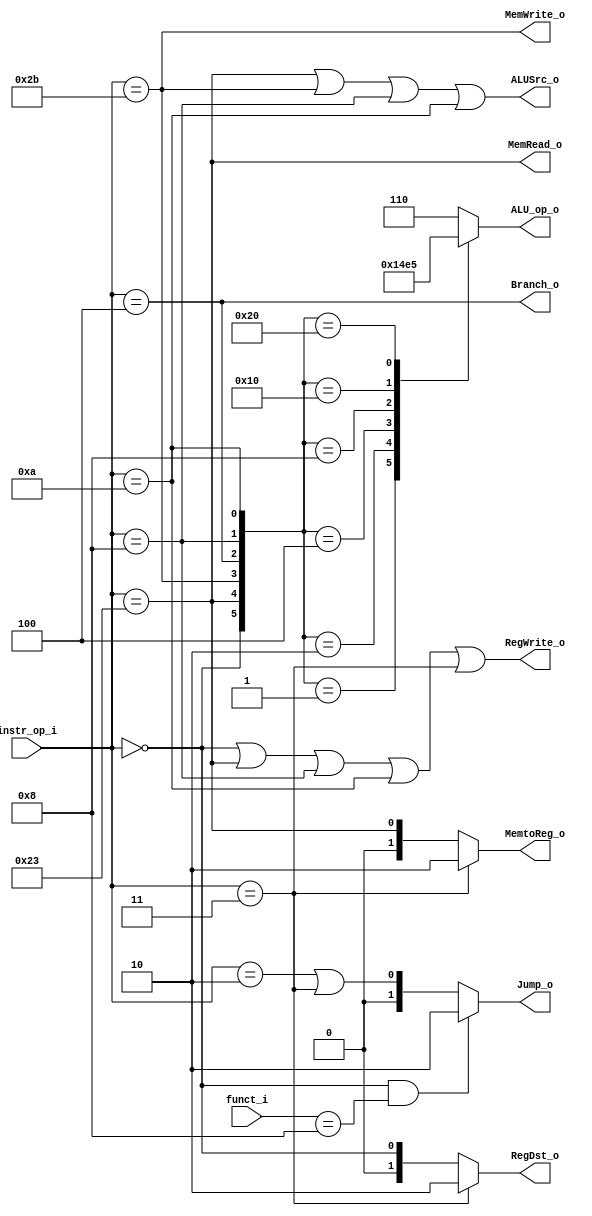
//Subject:     CO project 2 - Decoder
//--------------------------------------------------------------------------------
//Version:     1
//--------------------------------------------------------------------------------
//Writer:       109550020
//----------------------------------------------
//----------------------------------------------
//Description: 
//--------------------------------------------------------------------------------
`timescale 1ns/1ps
module Decoder(
    instr_op_i,
    funct_i,
	RegWrite_o,
	ALU_op_o,
	ALUSrc_o,
	RegDst_o,
	Branch_o,
	Jump_o,
	MemRead_o,
	MemWrite_o,
	MemtoReg_o
	);
     
//I/O ports
input  [6-1:0] instr_op_i;
input  [6-1:0] funct_i;

output         RegWrite_o;
output [3-1:0] ALU_op_o;
output         ALUSrc_o;
output [2-1:0] RegDst_o;
output         Branch_o;
output [2-1:0] Jump_o;
output         MemRead_o;
output         MemWrite_o;
output [2-1:0] MemtoReg_o;
 
//Internal Signals
reg    [3-1:0] ALU_op_o;
reg    		   ALUSrc_o;
reg            RegWrite_o;
reg    [2-1:0] RegDst_o;
reg            Branch_o;
reg    [2-1:0] Jump_o;
reg            MemRead_o;
reg            MemWrite_o;
reg    [2-1:0] MemtoReg_o;

//Parameter
wire R_format;
wire lw;
wire sw;
wire beq;
wire addi;
wire slti;
wire [2-1:0] jump;
wire jal;
wire [6-1:0] aluop;

//Main function
assign R_format = (instr_op_i == 6'b000000);
assign lw       = (instr_op_i == 6'b100011);
assign sw       = (instr_op_i == 6'b101011);
assign beq      = (instr_op_i == 6'b000100);
assign addi		= (instr_op_i == 6'b001000);
assign slti 	= (instr_op_i == 6'b001010);
assign jump   	= (instr_op_i == 6'b000010);
assign jal   	= (instr_op_i == 6'b000011);
assign jr		= R_format & (funct_i == 6'b001000);
assign aluop	= {R_format, lw, sw, beq, addi, slti};

always@(*)
begin
	case(aluop)
		1:	 ALU_op_o <= 3'd0; // slti
		2:	 ALU_op_o <= 3'd1; // addi
		4:	 ALU_op_o <= 3'd2; // beq
		8:   ALU_op_o <= 3'd3; // sw
		16:	 ALU_op_o <= 3'd4; // lw
		32:  ALU_op_o <= 3'd5; // R_format
		default: ALU_op_o <= 3'd6; // else
	endcase
	ALUSrc_o	<= lw | sw | addi | slti;
	RegWrite_o	<= R_format | lw | addi | slti | jal;
	RegDst_o	<= jal ? 2 : R_format; //*
	Branch_o	<= beq;
	Jump_o		<= jr ? 2 : jump | jal;
	MemRead_o	<= lw;
	MemWrite_o	<= sw;
	MemtoReg_o	<= jal ? 2 : lw;
end

endmodule